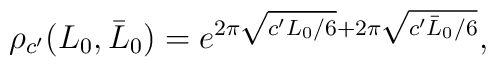
\rho_{c'}(L_0,\bar L_0)=e^{2\pi \sqrt{c'L_0/6} + 2\pi \sqrt{c'\bar L_0/6}},